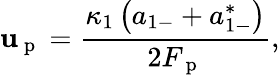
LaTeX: \mathbf{u}_{\mathrm{{~p~}}}=\frac{{\kappa_{1}\left(a_{1-}+a_{1-}^{*}\right)}}{{2F_{\mathrm{{~p~}}}}},